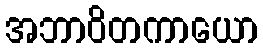
အဘာဝိတကာယော